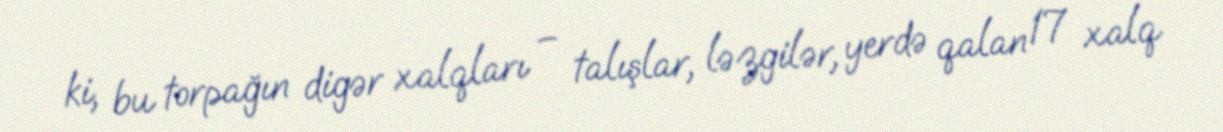
ki, bu torpağın digər xalqları – talışlar, ləzgilər, yerdə qalan 17 xalq